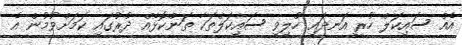
އެއް ސައިކަލް ހުރީ އަނދައި ހުލިވި ސައިކަލްތަކާ ތަންކޮޅެއް ދުރުގައި ކަމަށްވުމުން އެ